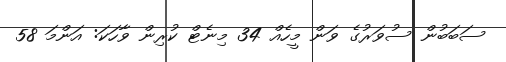
ސަބަބުން ސުވަރުގެ ވަން މީހެއް 34 މިނެޓް ކުރިން ވާހަކަ: އަންމަ 58